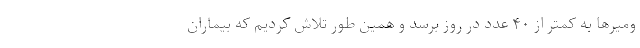
ومیرها به کمتر از ۴۰ عدد در روز برسد و همین طور تلاش کردیم که بیماران